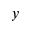
y